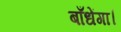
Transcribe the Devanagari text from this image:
बाँधेंगा।